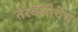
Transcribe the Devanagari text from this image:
तरवारीचेच